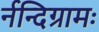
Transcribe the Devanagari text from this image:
र्नन्दिग्रामः